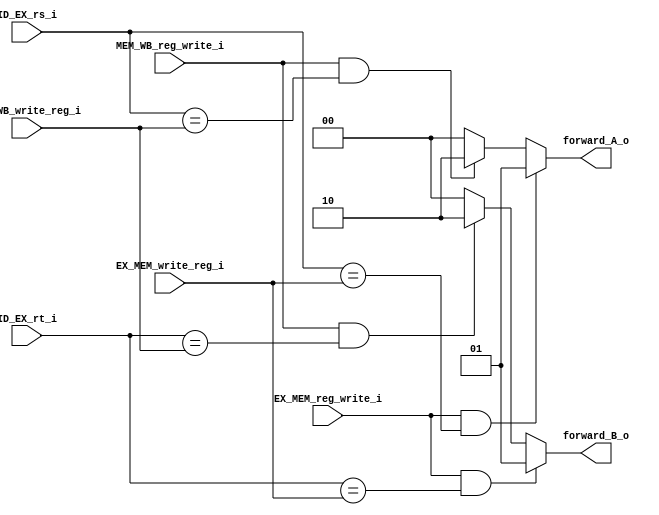
module unit_forward
	#(
		parameter NB_DATA = 32,
		parameter NB_REG  = 5
	)

	(
		input wire [NB_REG-1:0] ID_EX_rs_i,
		input wire [NB_REG-1:0] ID_EX_rt_i,
		
		input wire [NB_REG-1:0] EX_MEM_write_reg_i,
		input wire [NB_REG-1:0] MEM_WB_write_reg_i,

		input wire EX_MEM_reg_write_i,
		input wire MEM_WB_reg_write_i,

		output reg [1:0] forward_A_o, forward_B_o
	);

	initial
		begin
			forward_A_o = 2'b00;
			forward_B_o = 2'b00;
		end

	always @(*)
		begin
			if ((EX_MEM_reg_write_i == 1'b1) && (ID_EX_rs_i == EX_MEM_write_reg_i))
				forward_A_o = 2'b01;//viene de la etapa MEM
			else if ((MEM_WB_reg_write_i == 1'b1) && (ID_EX_rs_i == MEM_WB_write_reg_i))
				forward_A_o = 2'b10; //viene de la etapa WB
			else
				forward_A_o = 2'b00; //viene del banco de registro
			/* ******************************************** */

			if ((EX_MEM_reg_write_i == 1'b1) && (ID_EX_rt_i == EX_MEM_write_reg_i))
				forward_B_o = 2'b01;//viene de la etapa MEM
			else if ((MEM_WB_reg_write_i == 1'b1) && (ID_EX_rt_i == MEM_WB_write_reg_i))
				forward_B_o = 2'b10; //viene de la etapa WB
			else
				forward_B_o = 2'b00; //viene del banco de registro

		end

endmodule